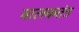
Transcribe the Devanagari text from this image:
चालकतंत्र